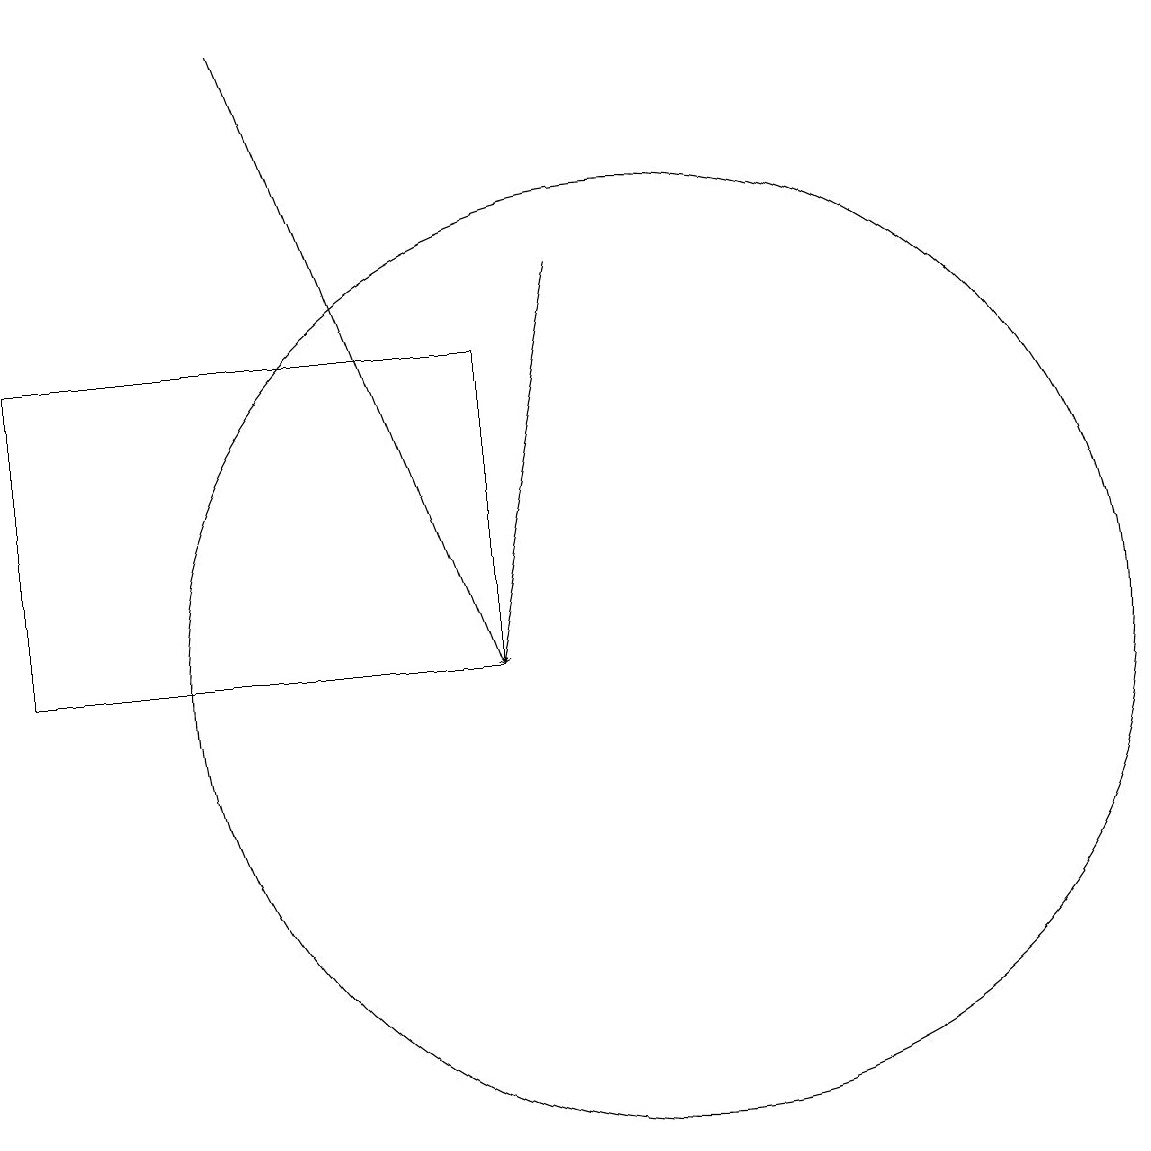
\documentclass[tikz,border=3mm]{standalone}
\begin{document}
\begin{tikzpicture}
\draw[->] (9,15) -- (8,10);
\draw (10,10) circle (6);
\draw[->] (5,18) -- (8,10);
\draw (2,14) rectangle (8,10);
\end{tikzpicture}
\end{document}